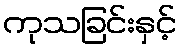
ကုသခြင်းနှင့်